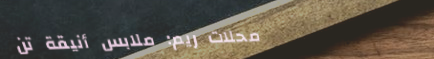
محلات ريم: ملابس أنيقة تن